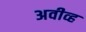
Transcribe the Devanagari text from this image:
अवीव्ह